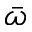
\bar { \omega }